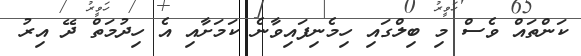
ކަންތައް ވެސް މި ބިލްގައި ހިމެނިފައިވާނެ ކަމަށާއި އެ ހިދުމަތް ދޭ އިރު